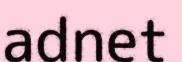
adnet